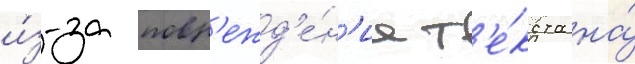
и́з-за повр'ежд'е́н'иа т'е́кста на́